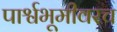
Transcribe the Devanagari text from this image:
पार्श्वभूमीवरच